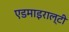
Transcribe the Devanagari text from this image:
एडमाइराल्टी